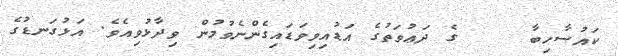
ކައުސާހިބާ     ގެ ދަޢުވަތުގެ އަޑުއިވިވަޑައިގެންނެވުމުން ވިދާޅުވިއެވެ. އަޅުގަނޑުގެ